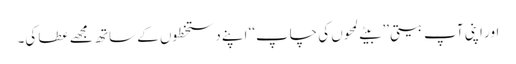
اور اپنی آپ بیتی ’’ بیتے لمحوں کی چاپ‘‘ اپنے دستخطوں کے ساتھ مجھے عطا کی۔